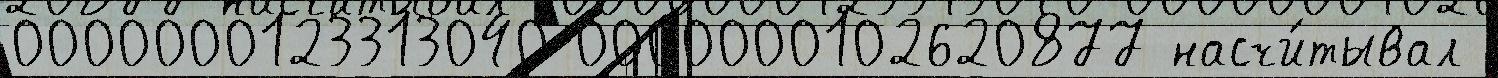
0000000123313040 0000000102620877 насчи́тывал